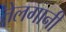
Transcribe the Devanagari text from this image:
तेलगानी